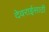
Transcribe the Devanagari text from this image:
देवराईसाठी